Papers set at the Examination for Leaving Certificates, 1892
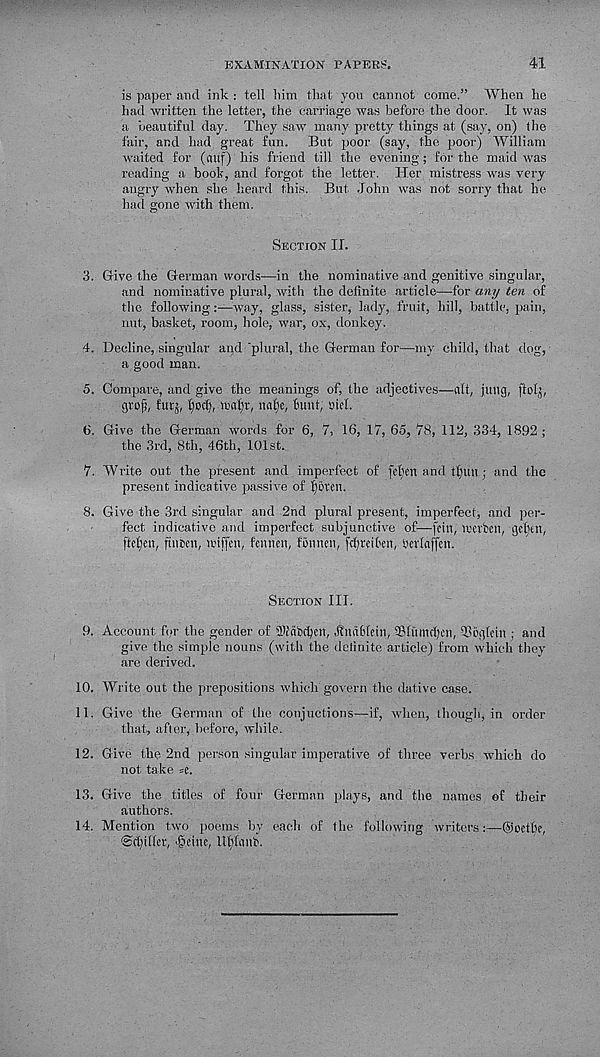
EXAMINATION PAPERS.
41
is paper and ink : tell him that you cannot come.” When he
had written the letter, the carriage was before the door. It was
a beautiful day. They saw many pretty things at (say, on) the
fair, and had great fun. But poor (say, the poor) William
waited for (nuf) his friend till the evening; for the maid was
reading a book, and forgot the letter'. Her mistress was very
angry when she heard this. But John was not sorry that he
had gone with them.
Section II.
3. Give the German words—in the nominative and genitive singular,
and nominative plural, with the definite article—for any ten of
the following:—way, glass, sister, lady, fruit, hill, battle, pain,
nut, basket, room, hole, war, ox, donkey.
4. Decline, singular and'plural, the German for—my child, that dog,
a good man.
5. Compare, and give the meanings of, the adjectives—alt, jltlig, ftdlj,
gvof), futj, fyod), maf)r, natje, bunt, mel.
6. Give the German words for 6, 7, 16, 17, 65, 78, 112, 334, 1892;
the 3rd, 8th, 46th, 101st.
7. Write out the present and imperfect of febcn and ttiun ; and the
present indicative passive of f)6ten.
8. Give the 3rd singular and 2nd plural present, imperfect, and per-
fect indicative and imperfect subjunctive of—fcin, ircvbcn, gctjen,
ftetjcn, ftnben, nuffen, fennen, fbnncn, fcfyreiben, hevlnffcn.
Section III.
9. Account for the gender of Stabcljcn, Undblein, SSlumdjcn, 33bgtein ; and
give the simple nouns (with the definite article) from which they
are derived.
10. Write out the prepositions which govern the dative case.
11. Give the German of the eonjuctions—if, when, though, in order
that, after, before, while.
12. Give the 2nd person singular imperative of three verbs which do
not take =e.
13. Give the titles of four German plays, and the names of their
authors.
14. Mention two poems by each of the following writers:—©octhc,
©ttpflet, joeinc, Ufvhinb.